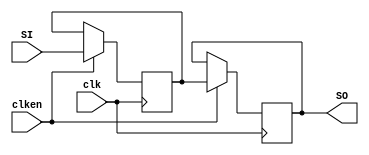
`timescale 1ns / 1ps
// 16-bit, 5 length Shift Register
// Rising edge clock
// Active high clock enable
// Concatenation-based template

module shift_register_bf (
        input clk, 
        input clken, 
        input [15:0] SI, 
        output [15:0] SO
    );
    parameter LENGTH = 2;

    (* shreg_extract = "yes" *) reg [15:0] shreg[LENGTH-1:0];
    integer i;
    
    assign SO = shreg[LENGTH-1];
        
    initial begin
        for (i = 0; i < LENGTH; i = i + 1)
            shreg[i] = 0;
    end
    
    always @(posedge clk) begin
     if (clken) begin
         for (i = 0; i < LENGTH-1; i = i+1)
            shreg[i+1] <= shreg[i];
         shreg[0] <= SI; 
        end
     end
      
endmodule